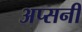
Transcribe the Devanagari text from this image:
अप्सनी